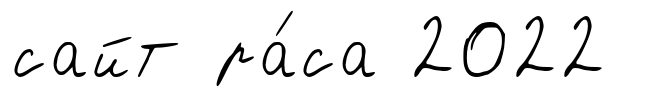
сайт ра́са 2022